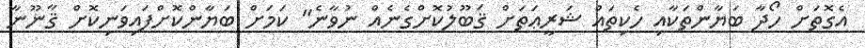
އެގޮތަށް ހޯދާ ބަޔާންތަކާއި ހެކިތައް ޝަރީޢަތަށް ޤަބޫލުކޮށްގެނެއް ނުވާނެ" ކަމަށް ބަޔާންކޮށްފައިވަނިކޮށް ޤާނޫނާ